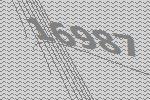
16987